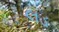
લડ